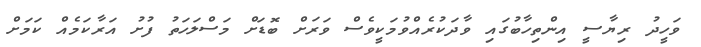
ވަހީދު ރިޔާސީ އިންތިހާބުގައި ވާދަކުރެއްވުމަކީވެސް ވަރަށް ބޮޑަށް މަސްލަހަތު ފުށު އަރާކަމެއް ކަމަށް